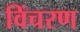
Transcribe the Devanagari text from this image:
विंचरण